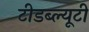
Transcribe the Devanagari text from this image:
टीडब्ल्यूटी